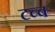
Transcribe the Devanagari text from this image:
टब्ब